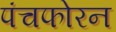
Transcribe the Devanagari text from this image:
पंचफोरन